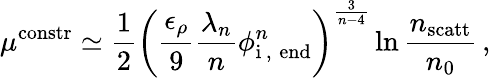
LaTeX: \mu^{\mathrm{constr}}\simeq\frac{1}{2}\left(\frac{\epsilon_{\rho}}{9}\frac{\lambda_{n}}{n}\phi_{\mathrm{i\, ,\; end}}^{n}\right)^{\frac{3}{n-4}}\ln\frac{n_{\mathrm{scatt}}}{n_{0}}\, ,